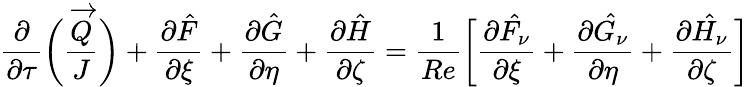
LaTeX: \frac{\partial}{\partial\tau}\bigg(\frac{\overrightarrow{Q}}{J}\bigg)+\frac{\partial\hat{F}}{\partial\xi}+\frac{\partial\hat{G}}{\partial\eta}+\frac{\partial\hat{H}}{\partial\zeta}=\frac{1}{Re}\bigg[\frac{\partial\hat{F_{\nu}}}{\partial\xi}+\frac{\partial\hat{G_{\nu}}}{\partial\eta}+\frac{\partial\hat{H_{\nu}}}{\partial\zeta}\bigg]